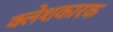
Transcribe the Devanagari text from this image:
क्लेशकारक